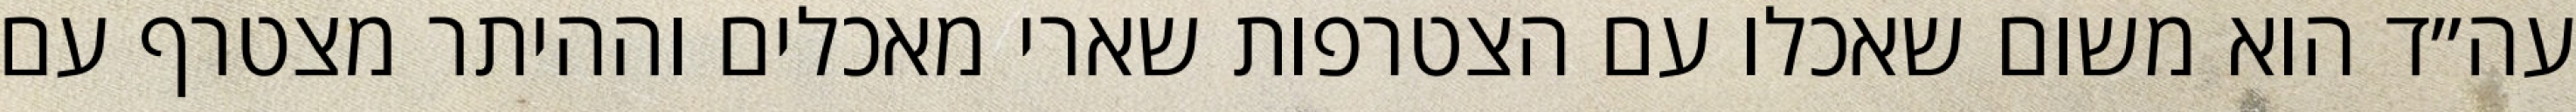
עה״ד הוא משום שאכלו עם הצטרפות שארי מאכלים וההיתר מצטרף עם